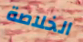
الخلاصة